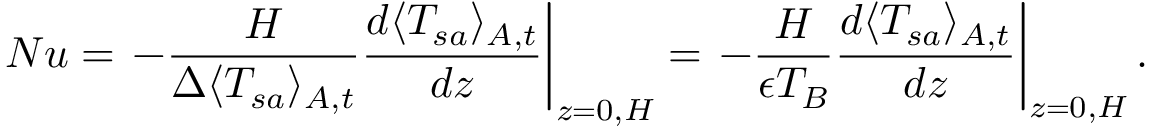
N u = \left. - \frac { H } { \Delta \langle T _ { s a } \rangle _ { A , t } } \frac { d \langle T _ { s a } \rangle _ { A , t } } { d z } \right| _ { z = 0 , H } = \left. - \frac { H } { \epsilon T _ { B } } \frac { d \langle T _ { s a } \rangle _ { A , t } } { d z } \right| _ { z = 0 , H } .